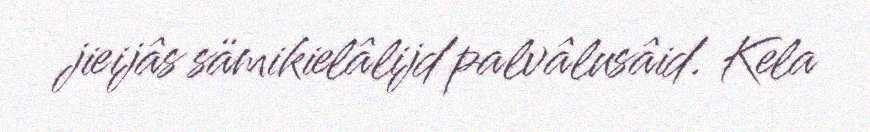
jieijâs sämikielâlijd palvâlusâid. Kela